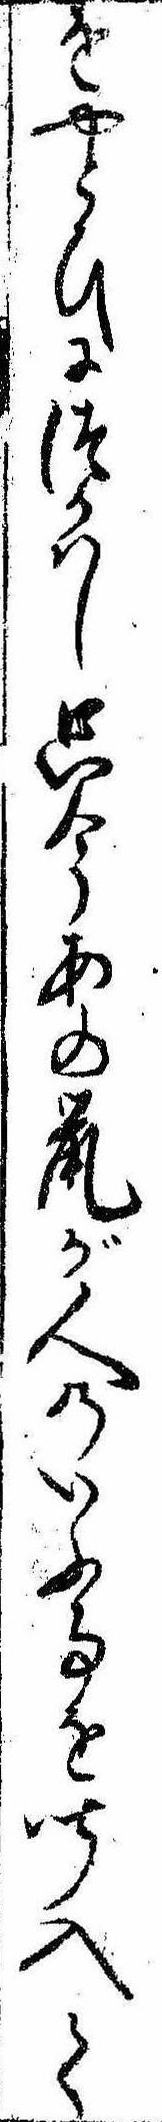
をやとひにつかはし只今あの鼠が人のいふ事を聞入て